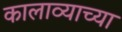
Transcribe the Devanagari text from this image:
कालाव्याच्या